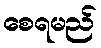
စေရမည်